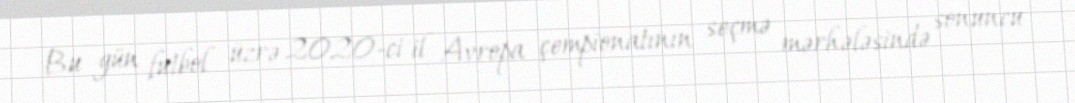
Bu gün futbol üzrə 2020-ci il Avropa çempionatının seçmə mərhələsində sonuncu